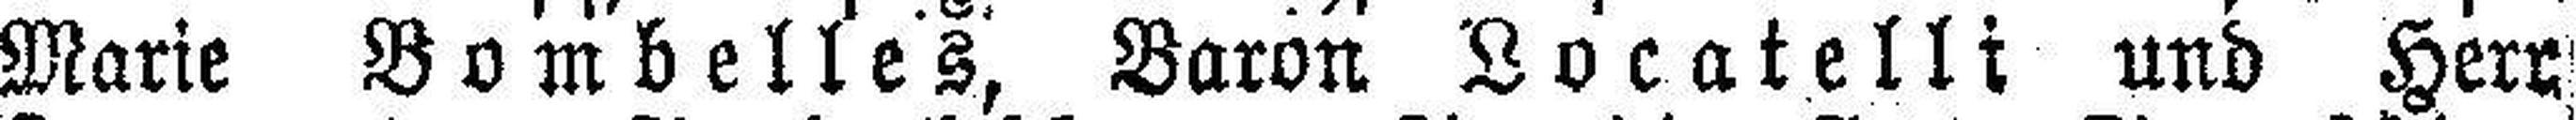
Marie Bombelles, Baron Locatelli und Herr